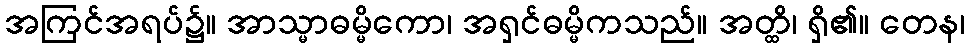
အကြင်အရပ်၌။ အာသ္မာဓမ္မိကော၊ အရှင်ဓမ္မိကသည်။ အတ္ထိ၊ ရှိ၏။ တေန၊